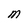
Character: M